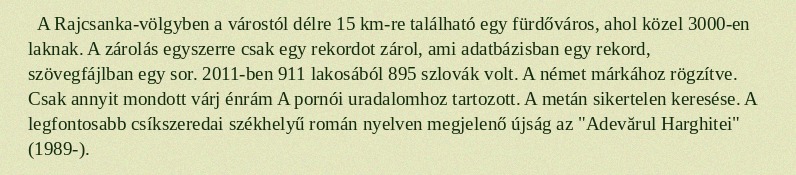
A Rajcsanka-völgyben a várostól délre 15 km-re található egy fürdőváros, ahol közel 3000-en laknak. A zárolás egyszerre csak egy rekordot zárol, ami adatbázisban egy rekord, szövegfájlban egy sor. 2011-ben 911 lakosából 895 szlovák volt. A német márkához rögzítve. Csak annyit mondott várj énrám A pornói uradalomhoz tartozott. A metán sikertelen keresése. A legfontosabb csíkszeredai székhelyű román nyelven megjelenő újság az "Adevărul Harghitei" (1989-).